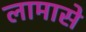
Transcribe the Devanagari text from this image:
लामासे